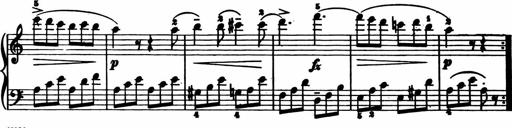
Title: 11 Sonatinas for Piano Solo
Composer: Anton Diabelli